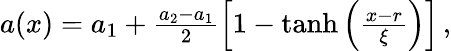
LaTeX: \begin{array}{r}{a(x)=a_{1}+\frac{a_{2}-a_{1}}{2}\left[1-\operatorname{tanh}\left(\frac{x-r}{\xi}\right)\right]\, ,}\end{array}